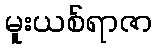
မူးယစ်ရာဇာ